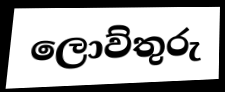
ලොව්තුරු